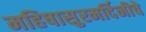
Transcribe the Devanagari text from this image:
महिषासुरमर्दिनीचे